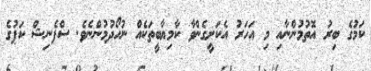
ކަމުގެ ބިރު އޮތުމުންނާއި މި އަހަރު އެކަށީގެންވާ ކާމިޔާބީތަކެއް ނުހޯދުމުންނެވެ. ސްޕެނިޝް ކަޕުގެ